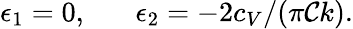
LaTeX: \epsilon_{1}=0,\; \; \; \; \; \; \epsilon_{2}=-2c_{V}/(\pi\mathcal{C}k).